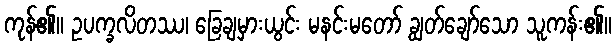
ကုန်၏။ ဥပက္ခလိတဿ၊ ခြေချမှားယွင်း မနင်းမတော် ချွတ်ချော်သော သူကန်း၏။